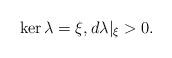
LaTeX: \begin{align*} \ker \lambda = \xi, d\lambda|_{\xi}>0.\end{align*}